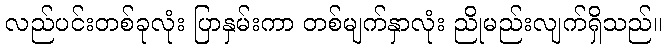
လည်ပင်းတစ်ခုလုံး ပြာနှမ်းကာ တစ်မျက်နှာလုံး ညိုမည်းလျက်ရှိသည်။